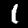
Digit: 1